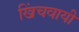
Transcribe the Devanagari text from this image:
खिंचवायी